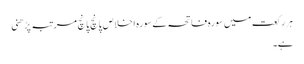
ہر رکعت میں سورہ فاتحہ کے سورہ اخلاص پانچ پانچ مرتبہ پڑھنی
ہے۔